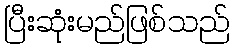
ပြီးဆုံးမည်ဖြစ်သည်